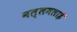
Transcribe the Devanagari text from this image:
नल्लमलाई